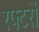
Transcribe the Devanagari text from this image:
रफ्टरों